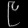
Digit: ၉